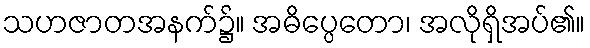
သဟဇာတအနက်၌။ အဓိပ္ပေတော၊ အလိုရှိအပ်၏။